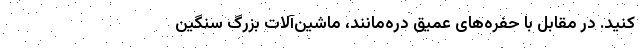
‌کنید. در مقابل با حفره‌های عمیق دره‌مانند، ماشین‌آلات بزرگ سنگین